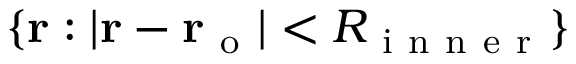
\{ \mathbf { r } : | \mathbf { r } - \mathbf { r _ { \mathrm { ~ o ~ } } } | < R _ { \mathrm { ~ i ~ n ~ n ~ e ~ r ~ } } \}